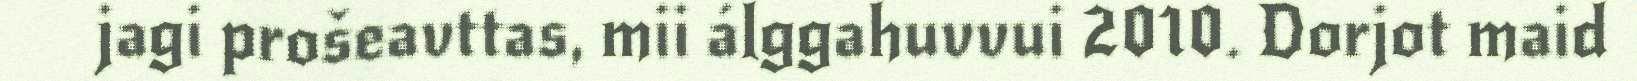
jagi prošeavttas, mii álggahuvvui 2010. Dorjot maid